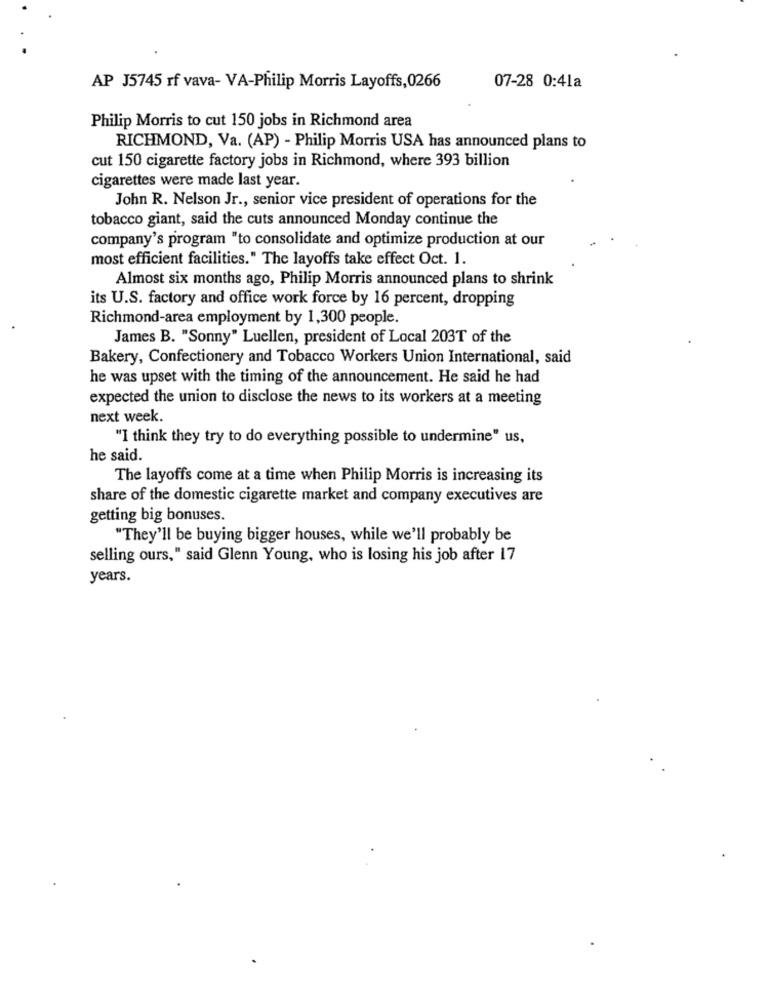
AP J5745 rf vava- VA-Philip Morris Layoffs,0266
07-28 0:41a
Philip Morris to cut 150 jobs in Richmond area
RICHMOND, Va. (AP) - Philip Morris USA has announced plans to
cut 150 cigarette factory jobs in Richmond, where 393 billion
cigarettes were made last year.
John R. Nelson Jr ., senior vice president of operations for the
tobacco giant, said the cuts announced Monday continue the
company's program "to consolidate and optimize production at our
most efficient facilities." The layoffs take effect Oct. 1.
Almost six months ago, Philip Morris announced plans to shrink
its U.S. factory and office work force by 16 percent, dropping
Richmond-area employment by 1,300 people.
James B. "Sonny" Luellen, president of Local 203T of the
Bakery, Confectionery and Tobacco Workers Union International, said
he was upset with the timing of the announcement. He said he had
expected the union to disclose the news to its workers at a meeting
next week.
"I think they try to do everything possible to undermine" us,
he said.
The layoffs come at a time when Philip Morris is increasing its
share of the domestic cigarette market and company executives are
getting big bonuses.
"They'll be buying bigger houses, while we'll probably be
selling ours," said Glenn Young, who is losing his job after 17
years.